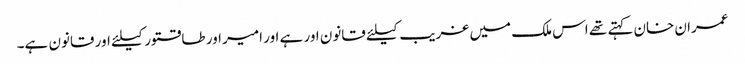
عمران خان کہتے تھے اس ملک میں غریب کیلئے قانون اور ہے اور امیر اور طاقتور کیلئے اور قانون ہے۔